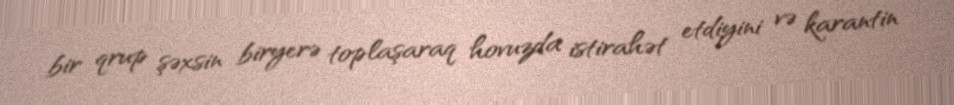
bir qrup şəxsin biryerə toplaşaraq hovuzda istirahət etdiyini və karantin